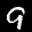
Label: 9